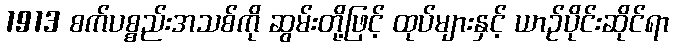
1913 စက်ပစ္စည်းအသစ်ကို ဆွမ်းတို့ဖြင့် ထုပ်များနှင့် ယာဉ်ပိုင်းဆိုင်ရာ